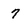
Character: 7